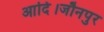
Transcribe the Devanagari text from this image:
आदि।जौनपुर